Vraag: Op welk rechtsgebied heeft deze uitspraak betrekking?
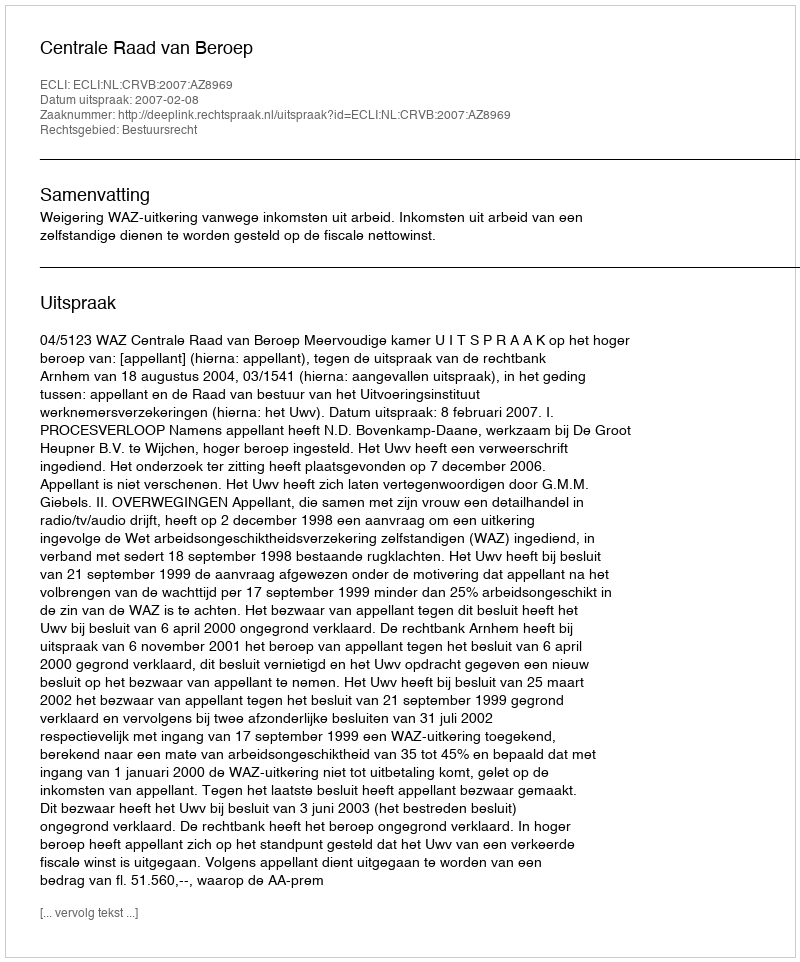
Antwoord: Bestuursrecht